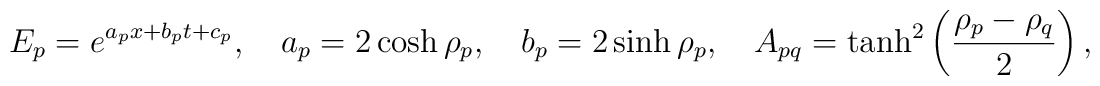
E_p=e^{a_p x+b_p t +c_p}, \quad a_p=2\cosh\rho_p,\quad b_p =2\sinh \rho_p,\quad A_{pq}=\tanh^2\left(\frac{\rho_p-\rho_q}{2}\right),